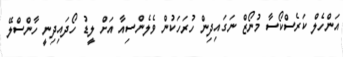
އަންހެލް ކަރެސްކޯސާ މުނޯޒް ނަގައިދިން ހުރަހަކުން ވެލެންސިއާ އަށް ލީޑު ހޯދައިދިނީ ހާންސްލޭ